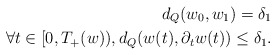
\begin{align*}d_Q(w_0,w_1)=\delta_1\\ \forall t\in [0,T_+(w)),d_Q(w(t),\partial_tw(t))\leq \delta_1.\end{align*}